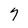
Character: 7